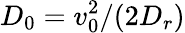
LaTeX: D_{0}=v_{0}^{2}/(2D_{r})